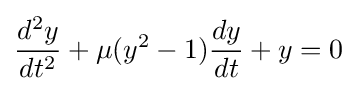
{\frac {d^{2}y}{dt^{2}}}+\mu (y^{2}-1){\frac {dy}{dt}}+y=0